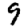
Digit: 9